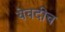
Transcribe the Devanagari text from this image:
येवदीच